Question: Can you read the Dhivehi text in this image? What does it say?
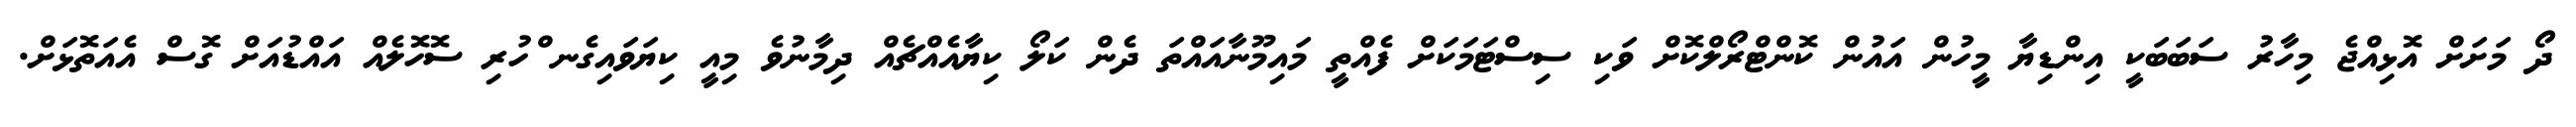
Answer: ދޯ މަށަށް އޮޅިއްޖެ މިހާރު ސަބަބަކީ އިންޑިޔާ މީހުން އައުން ކޮންޓްރޯލްކޮށް ވަކި ސިސްޓަމަކަށް ފެއްތީ މައިމޫނާއައްތަ ދެން ކަލޯ ކިޔާއެއްޗެއް ދިމާނުވެ މިއީ ކިޔަވައިގެނ ްހުރި ސޮހޮލެއް އައްޑުއަށް ގޮސް އެއަތޮޅަށް.